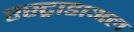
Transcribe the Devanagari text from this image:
एस्ट्राडाअल